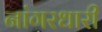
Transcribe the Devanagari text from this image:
नांगरधारी